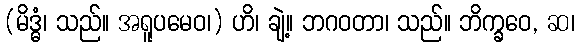
(မိဒ္ဓံ၊ သည်။ အရူပမေဝ၊) ဟိ၊ ချဲ့။ ဘဂဝတာ၊ သည်။ ဘိက္ခဝေ, ဆ၊